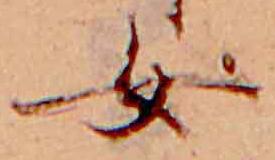
女